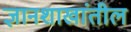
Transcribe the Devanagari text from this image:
ज्ञानशाखांतील